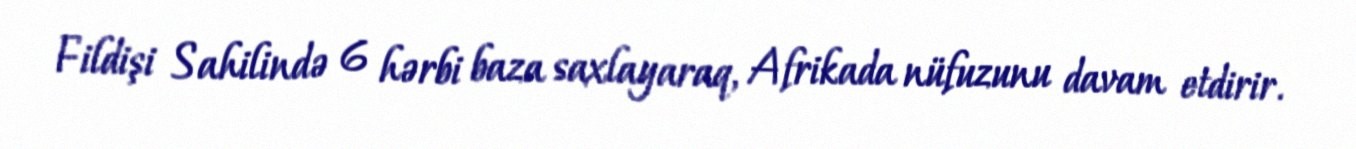
Fildişi Sahilində 6 hərbi baza saxlayaraq, Afrikada nüfuzunu davam etdirir.